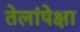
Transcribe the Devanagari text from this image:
तेलांपेक्षा